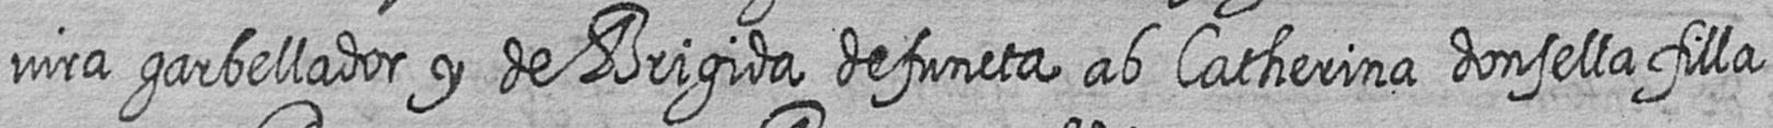
vira garbellador y de Brigida defuncta ab Catherina donsella filla